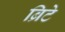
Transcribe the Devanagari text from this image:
ब्रिटे